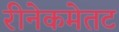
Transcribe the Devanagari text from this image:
रीनेकमेतट